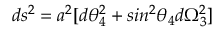
d s ^ { 2 } = a ^ { 2 } [ d \theta _ { 4 } ^ { 2 } + s i n ^ { 2 } \theta _ { 4 } d \Omega _ { 3 } ^ { 2 } ]